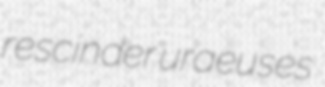
rescinder uraeuses